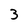
Character: 3